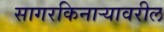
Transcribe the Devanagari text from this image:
सागरकिनाऱ्यावरील